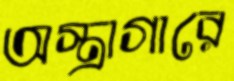
অস্ত্রাগারে